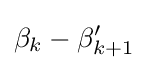
\beta _{k}-\beta '_{k+1}